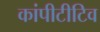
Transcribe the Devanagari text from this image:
कांपीटीटिव